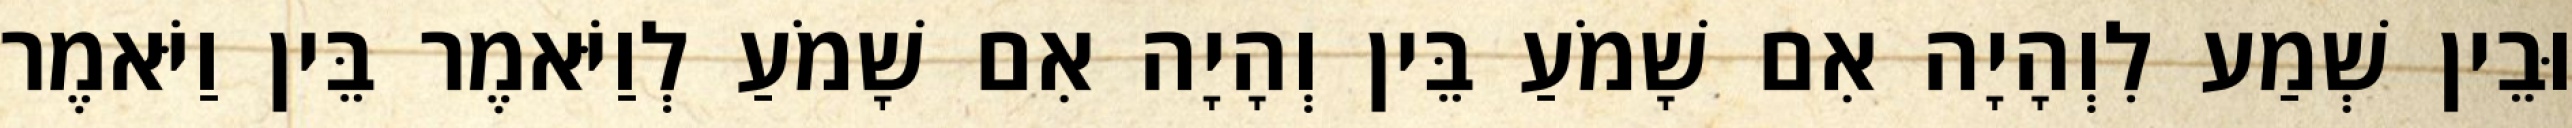
וּבֵין שְׁמַע לִוְהָיָה אִם שָׁמֹעַ בֵּין וְהָיָה אִם שָׁמֹעַ לְוַיֹּאמֶר בֵּין וַיֹּאמֶר